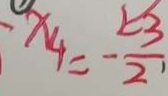
x _ { 4 } = - \frac { 2 3 } { 2 }